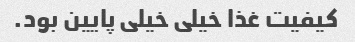
کیفیت غذا خیلی خیلی پایین بود.